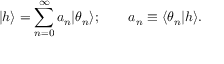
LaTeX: \vert h \rangle = \sum _ { n = 0 } ^ { \infty } a _ { n } \vert \theta _ { n } \rangle ; \quad \quad a _ { n } \equiv \langle \theta _ { n } \vert h \rangle .